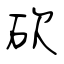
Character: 砍